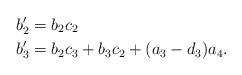
LaTeX: \begin{align*}b'_2 &= b_2c_2 \\b'_3 &= b_2c_3+b_3c_2+(a_3-d_3)a_4. \\\end{align*}